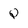
Character: Q